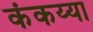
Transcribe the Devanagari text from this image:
कंकय्या